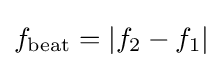
f_{\mathrm {beat} }=\left|f_{2}-f_{1}\right|\,\!